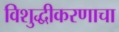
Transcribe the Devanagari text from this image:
विशुद्धीकरणाचा